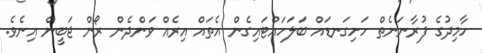
ހާމިދުގެ ފުރާނަނެތް ހަށިގަނޑައް ބަލަހައްޓައިގެން އެތައް އިރެއް ވަންދެން ރޯން ޖަބީން އިނެވެ.